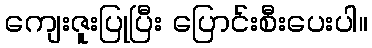
ကျေးဇူးပြုပြီး ပြောင်းစီးပေးပါ။